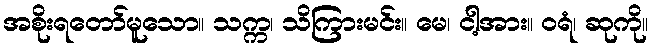
အစိုးရတော်မူသော။ သက္က၊ သိကြားမင်း။ မေ၊ ငါ့အား။ ဝရံ၊ ဆုကို။